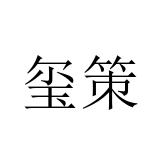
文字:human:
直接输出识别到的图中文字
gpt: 玺策